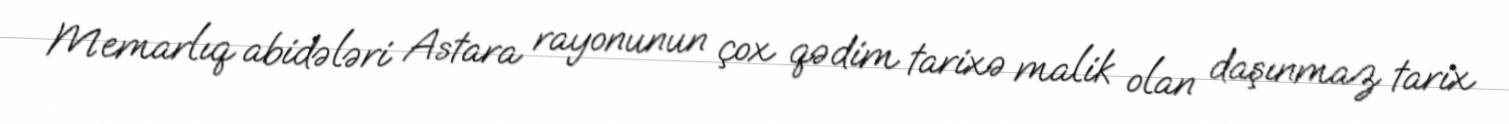
Memarlıq abidələri Astara rayonunun çox qədim tarixə malik olan daşınmaz tarix